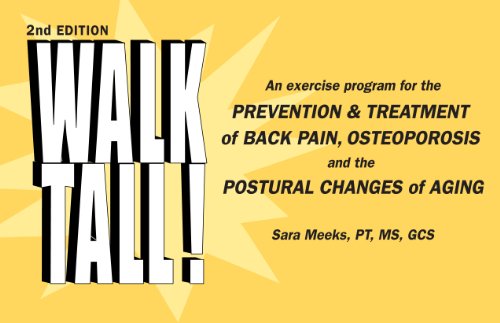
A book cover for Walk Tall! An Exercise Program for the Prevention & Treatment of Back Pain, Osteoporosis and the Postural Changes of Aging, 2nd Edition; Sara Meeks; Medical Books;